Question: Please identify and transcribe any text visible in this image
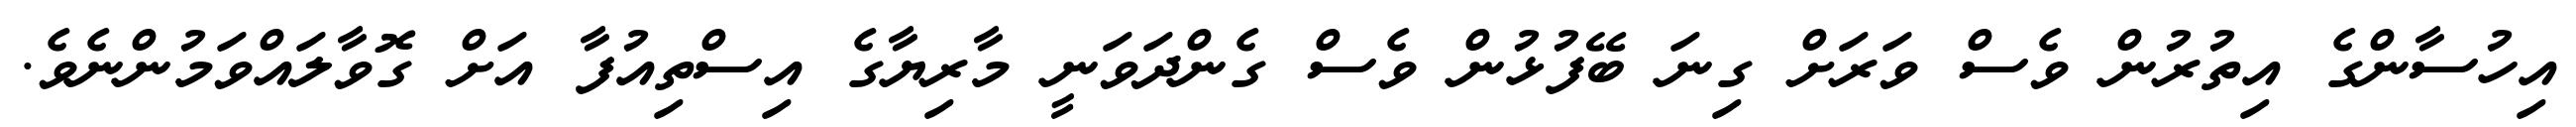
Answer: އިހުސާންގެ އިތުރުން ވެސް ވަރަށް ގިނަ ބޭފުޅުން ވެސް ގެންދަވަނީ މާރިޔާގެ އިސްތިއުފާ އަށް ގޮވާލައްވަމުންނެވެ.